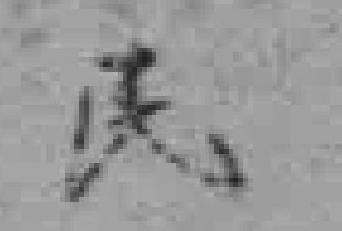
民